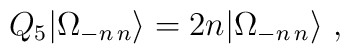
Q_{5}|\Omega_{-n \, n}\rangle=2n|\Omega_{-n \, n }\rangle \ ,